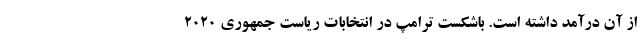
از آن درآمد داشته است. باشکست ترامپ در انتخابات ریاست جمهوری ۲۰۲۰